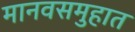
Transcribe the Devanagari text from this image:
मानवसमुहात